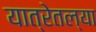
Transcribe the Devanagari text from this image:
यात्रेतल्या